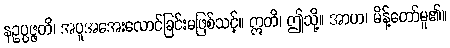
နဥပ္ပဇ္ဇတိ၊ အပူအအေးလောင်ခြင်းမဖြစ်သင့်။ ဣတိ၊ ဤသို့။ အာဟ၊ မိန့်တော်မူ၏။